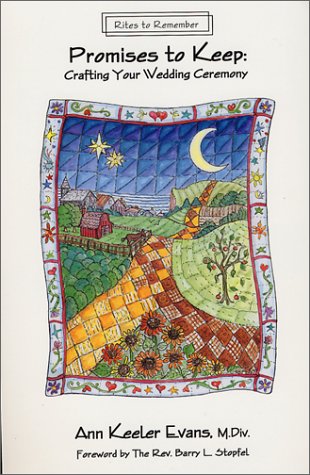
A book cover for Promises to Keep : Crafting Your Wedding Ceremony (Rites to Remember Series); Ann Keeler Evans; Crafts, Hobbies & Home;